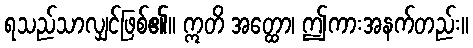
ရသည်သာလျှင်ဖြစ်၏။ ဣတိ အတ္ထော၊ ဤကားအနက်တည်း။